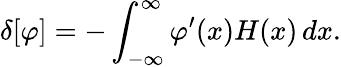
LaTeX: \delta[\varphi]=-\int_{-\infty}^{\infty}\varphi^{\prime}(x)H(x)\, dx.